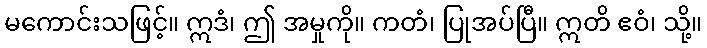
မကောင်းသဖြင့်။ ဣဒံ၊ ဤ အမှုကို။ ကတံ၊ ပြုအပ်ပြီ။ ဣတိ ဧဝံ၊ သို့။